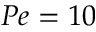
P e = 1 0